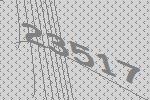
23517